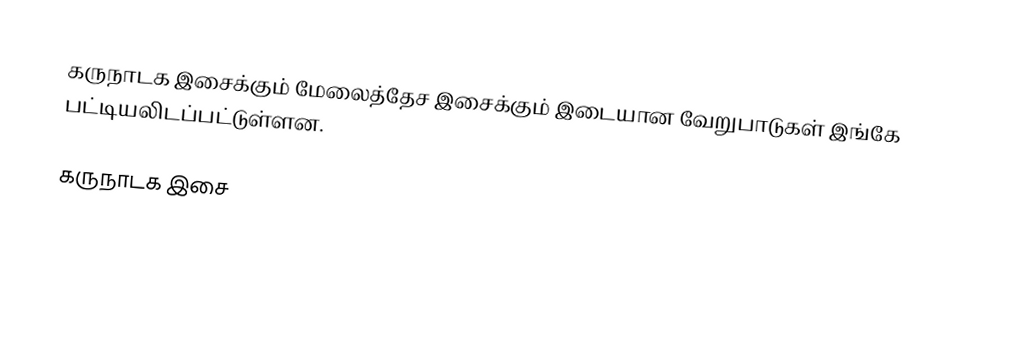
கருநாடக இசைக்கும் மேலைத்தேச இசைக்கும் இடையான வேறுபாடுகள் இங்கே பட்டியலிடப்பட்டுள்ளன.

கருநாடக இசை